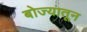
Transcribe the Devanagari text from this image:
बोज्यातून